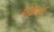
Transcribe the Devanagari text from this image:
मोक्षपर्व